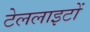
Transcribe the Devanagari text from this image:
टेललाइटों